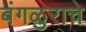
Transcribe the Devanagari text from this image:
बंगळुराचे